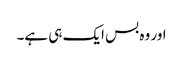
اور وہ بس ایک ہی ہے۔